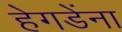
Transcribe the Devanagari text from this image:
हेगडेंना